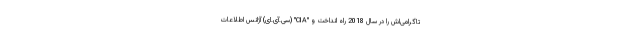
تاگرامی‌اش را در سال 2018 راه انداخت و "CIA" (سی.آی.ای) آژانس اطلاعات